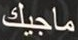
ماجيك